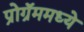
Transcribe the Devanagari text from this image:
प्रोग्रॅममध्ये